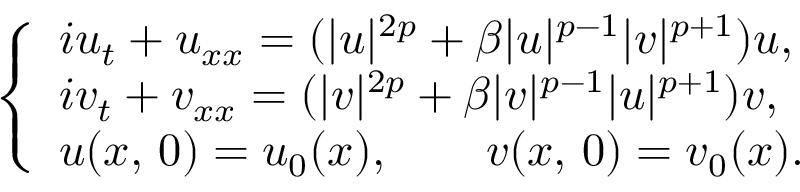
\begin{array} { r } { \left\lbrace \begin{array} { l } { i u _ { t } + u _ { x x } = ( | u | ^ { 2 p } + \beta | u | ^ { p - 1 } | v | ^ { p + 1 } ) u , } \\ { i v _ { t } + v _ { x x } = ( | v | ^ { 2 p } + \beta | v | ^ { p - 1 } | u | ^ { p + 1 } ) v , } \\ { u ( x , \, 0 ) = u _ { 0 } ( x ) , \qquad v ( x , \, 0 ) = v _ { 0 } ( x ) . } \end{array} \right. } \end{array}